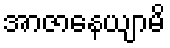
အာဇာနေယျာမိ